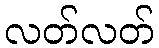
လတ်လတ်